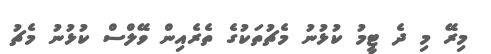
މިރޭ މި ދެ ޓީމު ކުޅުނު މެޗުތަކުގެ ތެރެއިން ވޭލްސް ކުޅުނު މެޗު